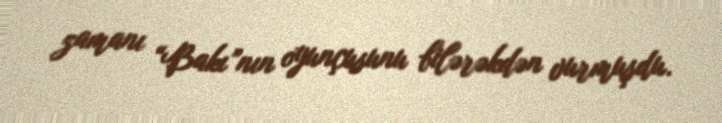
zamanı “Bakı”nın oyunçusunu bilərəkdən vurmuşdu.